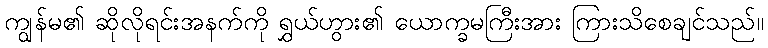
ကျွန်မ၏ ဆိုလိုရင်းအနက်ကို ရွှယ်ဟွား၏ ယောက္ခမကြီးအား ကြားသိစေချင်သည်။